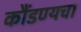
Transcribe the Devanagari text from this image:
कौंडण्यचा